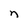
Character: n